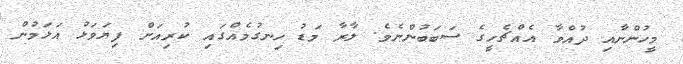
މީހުންނާއި ދުއްވާ އެއްޗެހީގެ ސަބަބުންނެވެ. ލާރާ މަޑު ހިނގުމެއްގައި ކުރިއަށް ފިޔަވަޅު އަޅަމުން